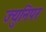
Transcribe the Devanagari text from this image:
ज्युनिपर